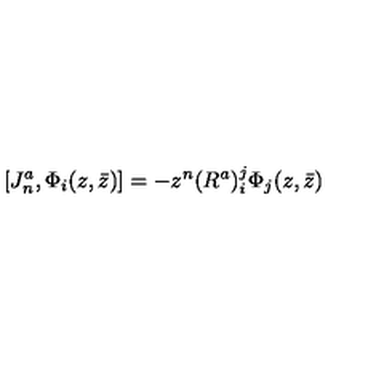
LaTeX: [ J _ { n } ^ { a } , \Phi _ { i } ( z , \bar { z } ) ] = - z ^ { n } ( R ^ { a } ) _ { i } ^ { j } \Phi _ { j } ( z , \bar { z } )